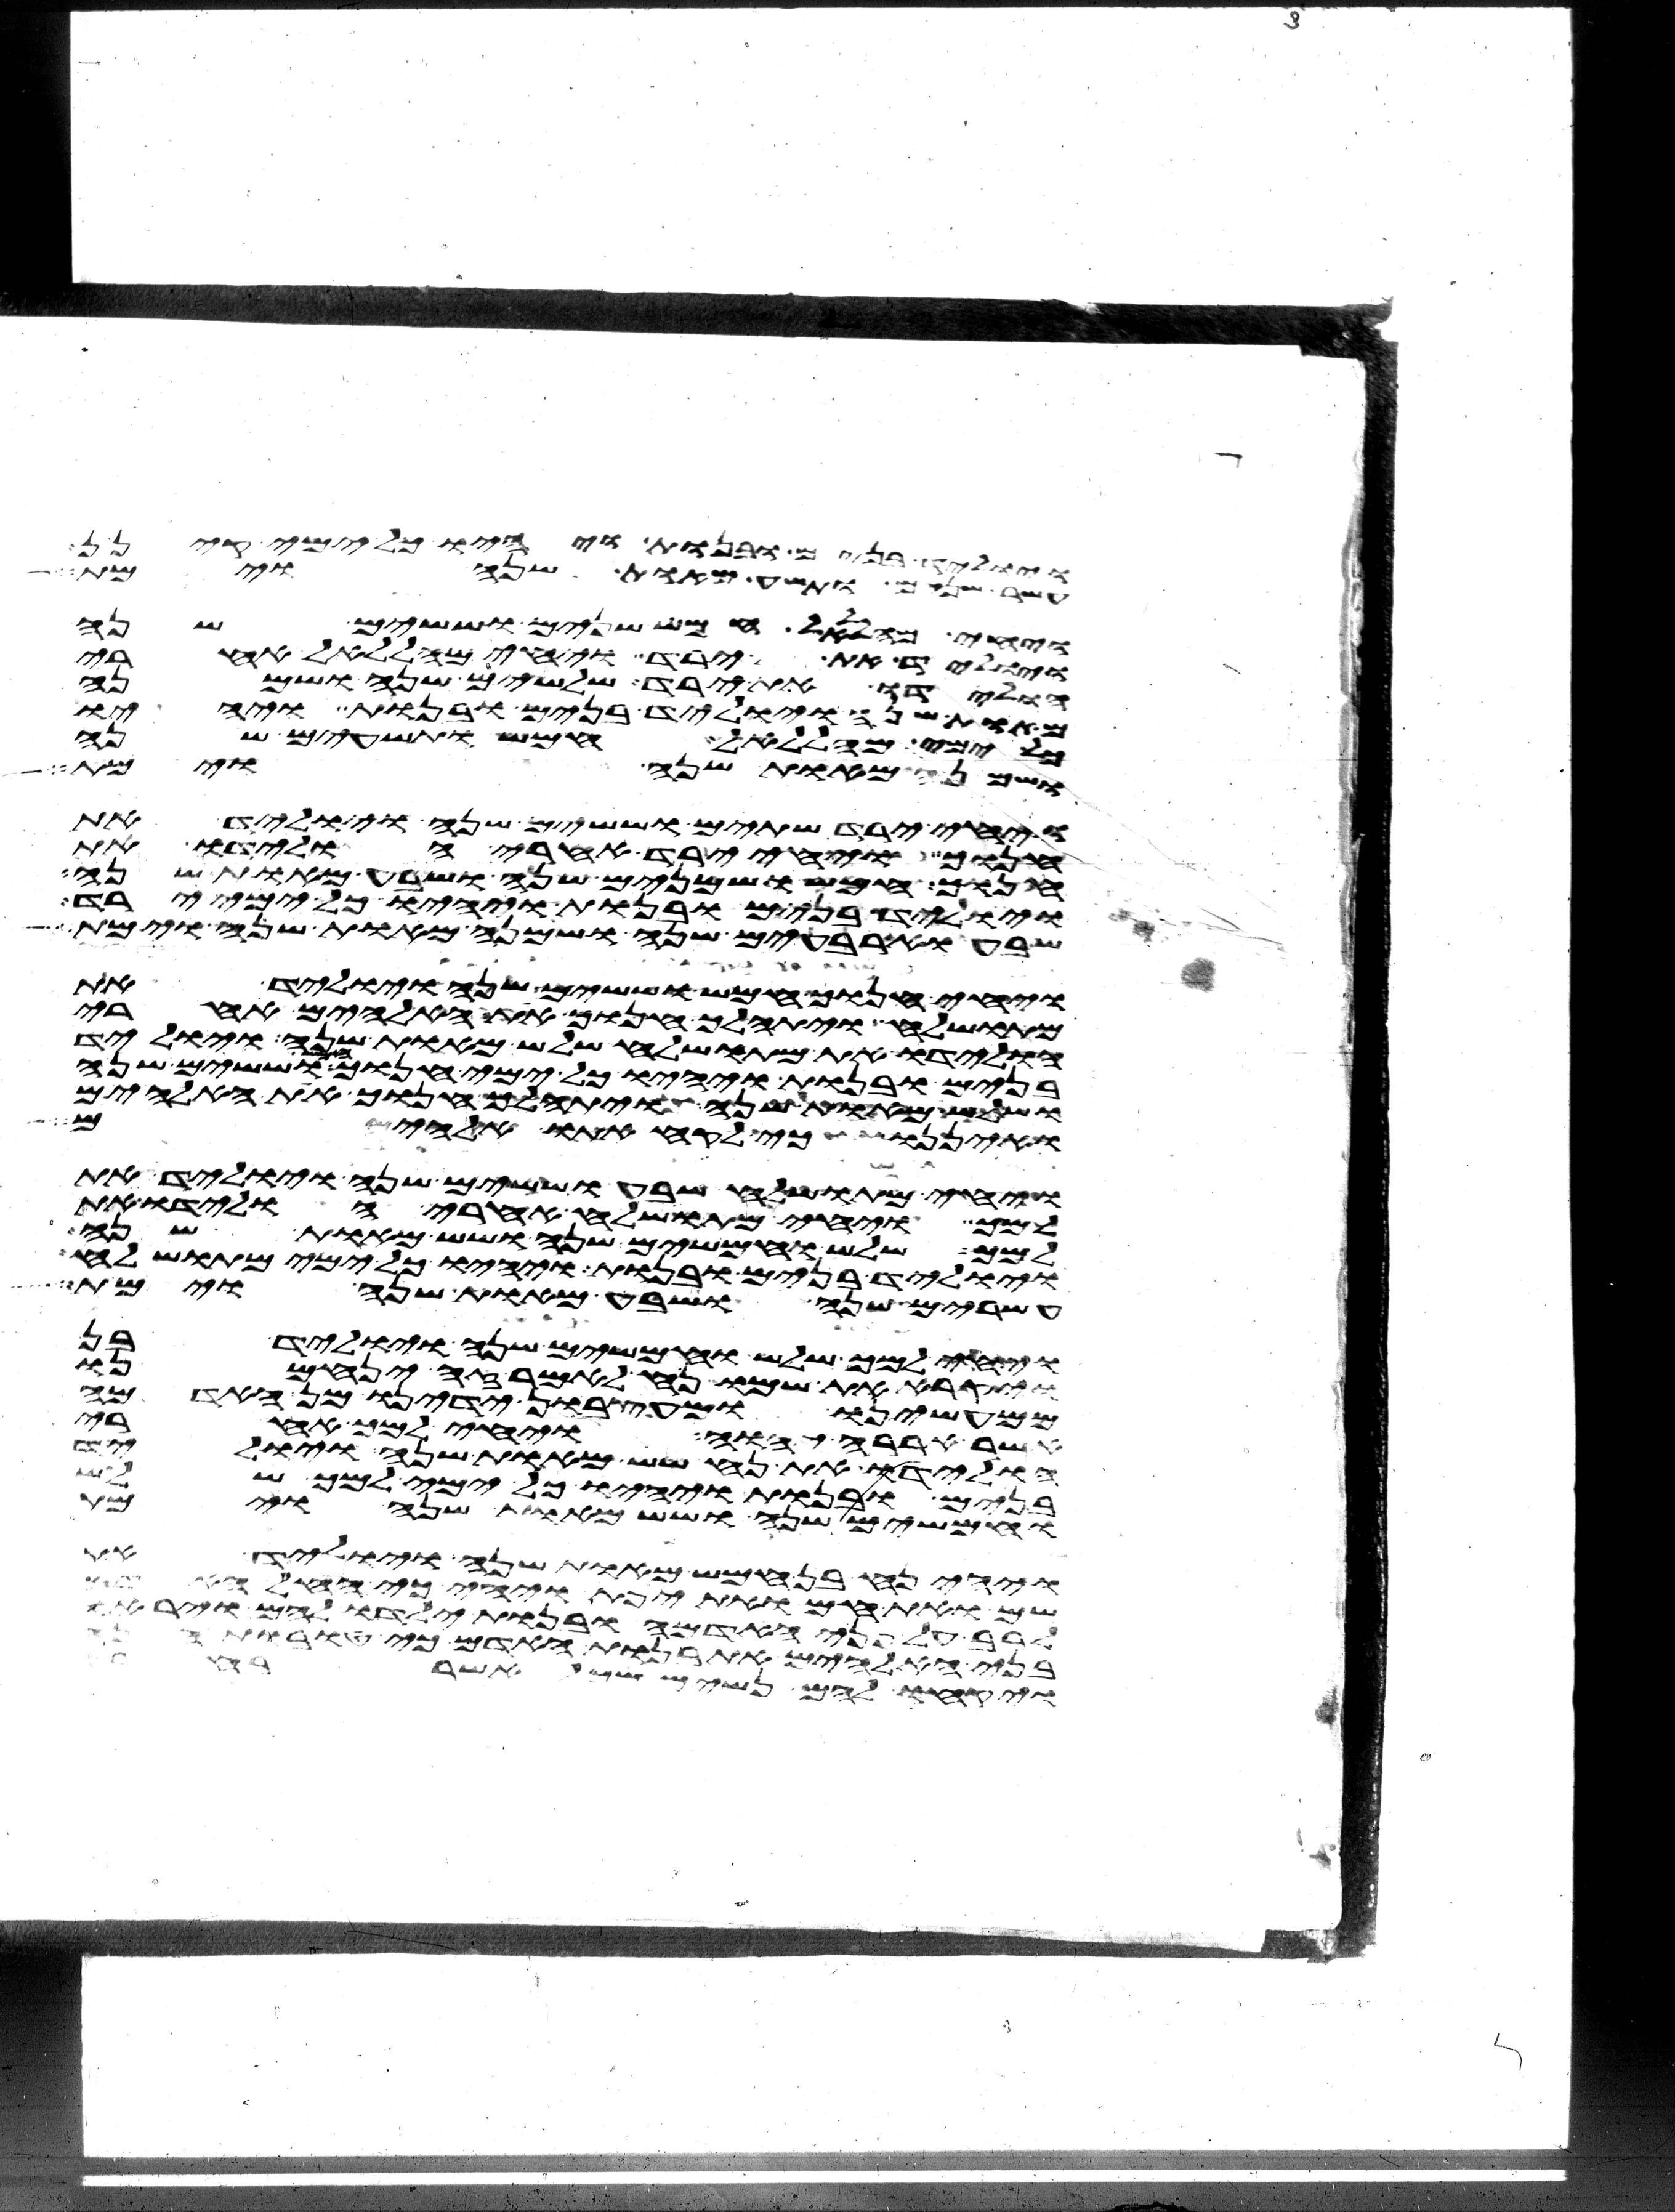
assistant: ויוליד בנים ובנות ויהיו כל ימי קינן
עשר שנים ותשע מאות שנה וימת
ויחי מהללאל חמש שנים וששים שנה
ויוליד את ירד ויחי מהללאל אחרי
הולידו את ירד שלשים שנה ושמנה
מאות שנה ויוליד בנים ובנות ויהיו
ימי מהללאל חמש ותשעים שנה
ושמנה מאות שנה וימת
ויחי ירד שתים וששים שנה ויוליד את
חנוך ויחי ירד אחרי הולידו את
חנוך חמש ושמנים שנה ושבע מאות שנה
ויוליד בנים ובנות ויהיו כל ימי ירד
שבע וארבעים שנה ושמנה מאות שנה וימת
ויחי חנוך חמש וששים שנה ויוליד את
מתושלח ויתהלך חנוך את האלהים אחרי
הולידו את מתושלח שלש מאות שנה ויוליד
בנים ובנות ויהיו כל ימי חנוך חמש וששים שנה
ושלש מאות שנה ויתהלך חנוך את האלהים
ואיננו כי לקח אתו אלהים
ויחי מתושלח שבע וששים שנה ויוליד את
למך ויחי מתושלח אחרי הולידו את
למך שלש וחמשים שנה ושש מאות שנה
ויוליד בנים ובנות ויהיו כל ימי מתושלח
עשרים שנה ושבע מאות שנה וימת
ויחי למך שלש וחמשים שנה ויוליד בן
ויקרא את שמו נח לאמר זה ינחמנו
ממעשינו ומעצבון ידינו מן האדמה
אשר אררה יהוה ויחי למך אחרי
הולידו את נח שש מאות שנה ויוליד
בנים ובנות ויהיו כל ימי למך שלש
וחמשים שנה ושש מאות שנה וימת
ויהי נח בן חמש מאות שנה ויוליד את
שם ואת חם ואת יפת ויהי כי החל האדם
לרב על פני האדמה ובנות ילדו להם ויראו
בני האלהים את בנות האדם כי טובות
ויקחו להם נשים מכל אשר